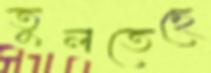
তুলতেছে